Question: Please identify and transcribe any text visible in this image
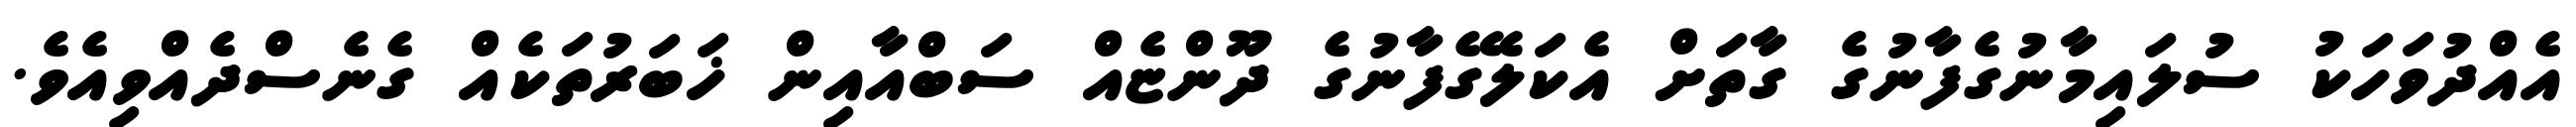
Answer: އެއްދުވަހަކު ސުލައިމާނުގެފާނުގެ ގާތަށް އެކަލޭގެފާނުގެ ދޫންޏެއް ސަބްއާއިން ޚަބަރުތަކެއް ގެނެސްދެއްވިއެވެ.